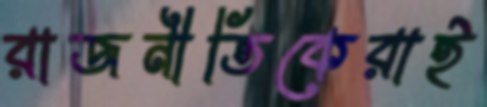
রাজনীতিকেরাই